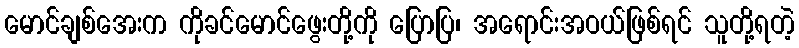
မောင်ချစ်အေးက ကိုခင်မောင်ဖွေးတို့ကို ပြောပြ၊ အရောင်းအဝယ်ဖြစ်ရင် သူတို့ရတဲ့